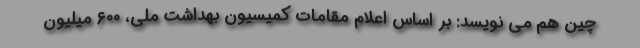
چین هم می نویسد: بر اساس اعلام مقامات کمیسیون بهداشت ملی، ۶۰۰ میلیون